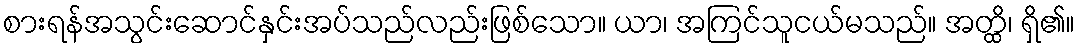
စားရန်အသွင်းဆောင်နှင်းအပ်သည်လည်းဖြစ်သော။ ယာ၊ အကြင်သူငယ်မသည်။ အတ္ထိ၊ ရှိ၏။